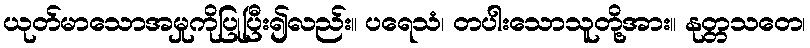
ယုတ်မာသောအမှုကိုပြုပြီး၍လည်း။ ပရေသံ၊ တပါးသောသူတို့အား။ နုတ္တသတေ၊